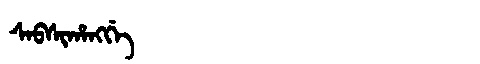
Manchu: ᠰᠠᠪᠰᡳᡥᠠᠩᡤᡝ
Romanization: SABSIHANGGE